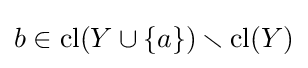
b\in \operatorname {cl} (Y\cup \{a\})\smallsetminus \operatorname {cl} (Y)